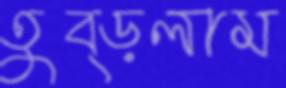
তুব্‌ড়লাম